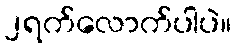
၂ရက်လောက်ပါပဲ။